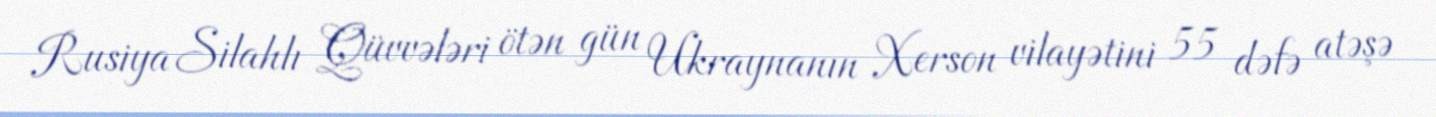
Rusiya Silahlı Qüvvələri ötən gün Ukraynanın Xerson vilayətini 55 dəfə atəşə